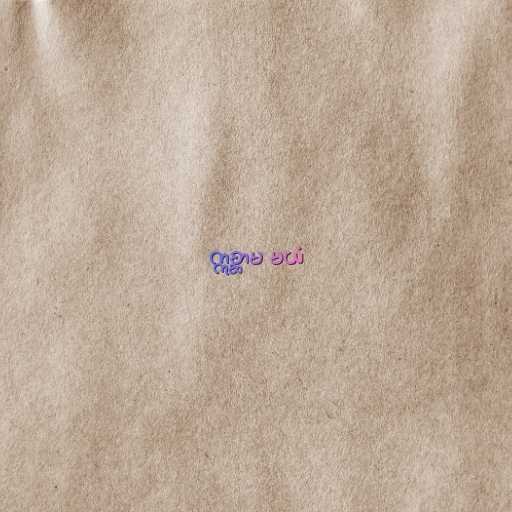
ဣစ္ဆာမ မယံ